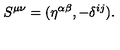
S ^ { \mu \nu } = ( \eta ^ { \alpha \beta } , - \delta ^ { i j } ) .